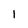
Character: I